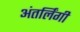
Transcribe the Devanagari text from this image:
अंतर्लिंगी